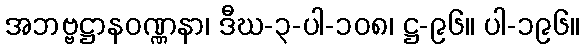
အဘဗ္ဗဋ္ဌာနဝဏ္ဏနာ၊ ဒီဃ-၃-ပါ-၁၀၈၊ ဋ္ဌ-၉၆။ ပါ-၁၉၆။